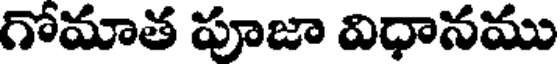
గోమాత పూజా విధానము